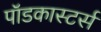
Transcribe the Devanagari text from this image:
पॉडकास्टर्स